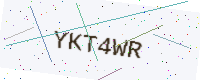
Text: YKT4WR